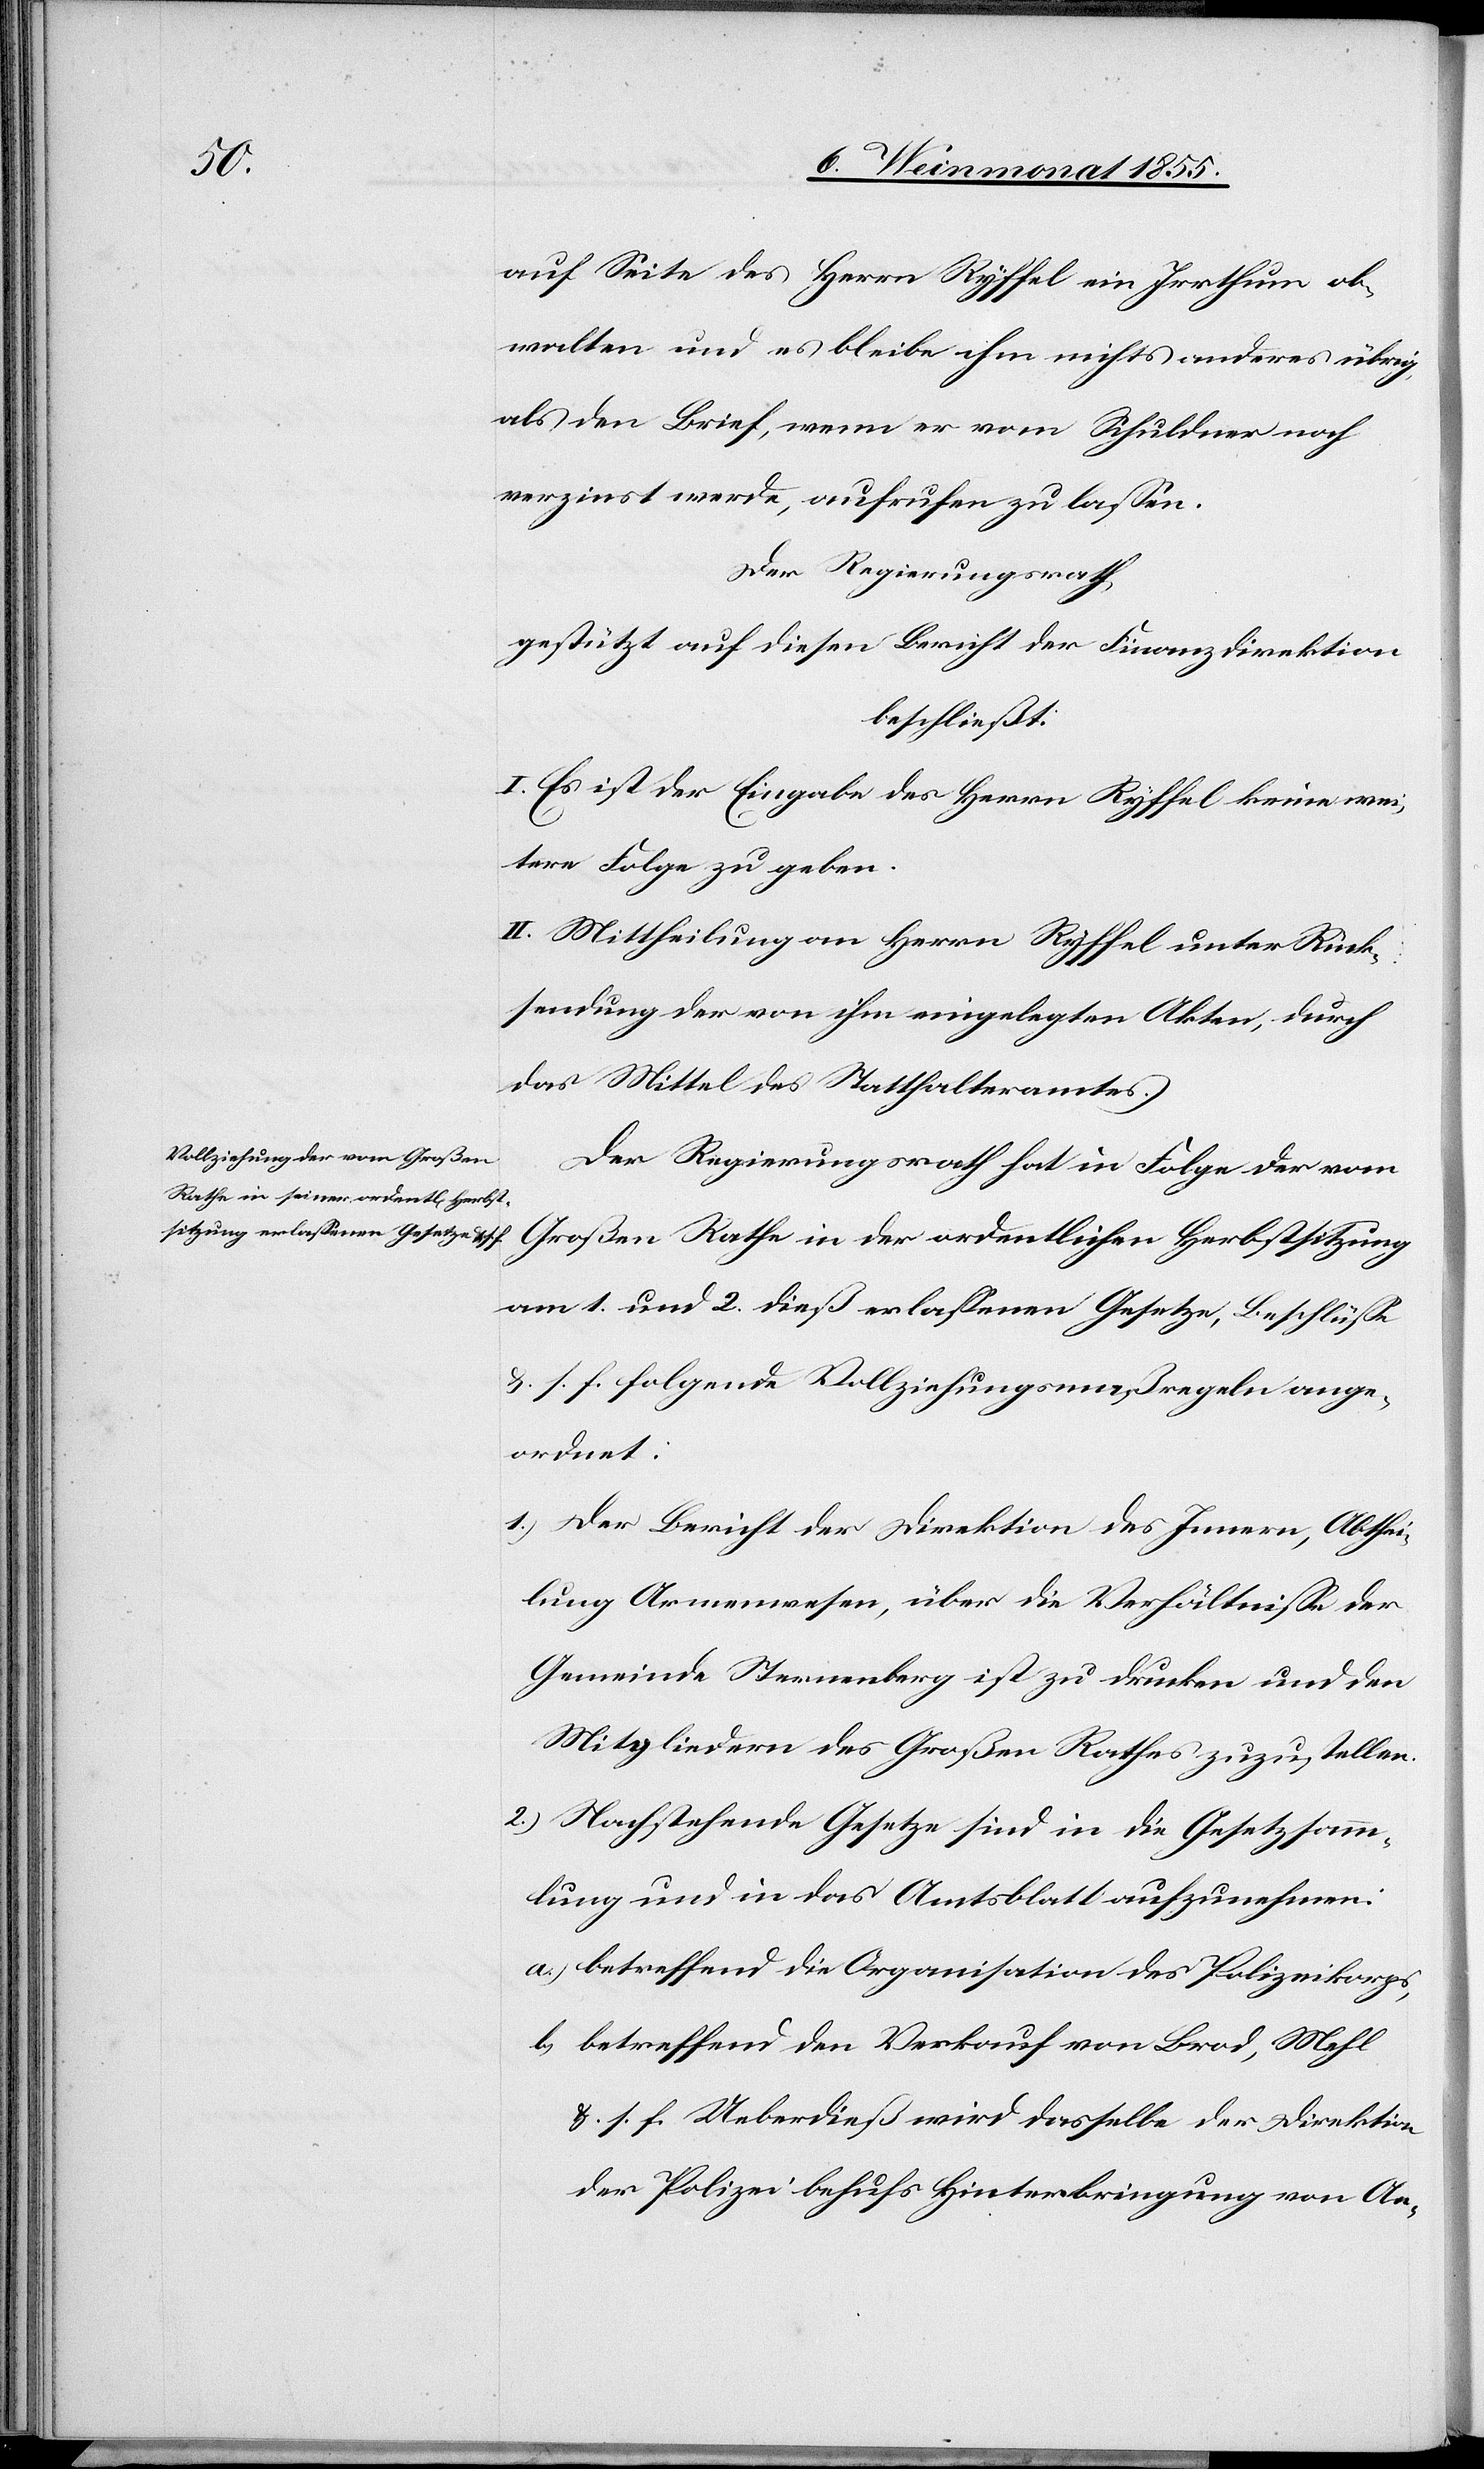
auf Seite des Herrn Ryffel ein Irrthum ob¬
walten und es bleibe ihm nichts anderes übrig,
als den Brief, wenn er vom Schuldner noch
verzinst werde, aufrufen zu lassen.
Der Regierungsrath
gestützt auf diesen Bericht der Finanzdirektion
beschließt:
I. Es ist der Eingabe des Herrn Ryffel keine wei¬
tere Folge zu geben.
II. Mittheilung an Herrn Ryffel unter Rück¬
sendung der von ihm eingelegten Akten, durch
das Mittel des Statthalteramtes.
Der Regierungsrath hat in Folge der vom
Großen Rathe in der ordentlichen Herbstsitzung
am 1. und 2. dieß erlassenen Gesetze, Beschlüsse
&. s. f. folgende Vollziehungsmaßregeln ang¬
ordnet:
Der Bericht der Direktion des Innern, Abthei¬
lung Armenwesen, über die Verhältnisse der
Gemeinde Sternenberg ist zu drucken und den
Mitgliedern des Großen Rathes zuzustellen.
Nachstehende Gesetze sind in die Gesetzsamm¬
lung und in das Amtsblatt aufzunehmen:
betreffend die Organisation des Polizeikorps,
betreffend den Verkauf von Brod, Mehl
&. s. f. Ueberdieß wird dasselbe der Direktion
der Polizei behufs Hinterbringung von An-